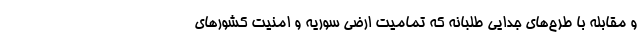
و مقابله با طرح‌های جدایی طلبانه که تمامیت ارضی سوریه و امنیت کشور‌های